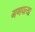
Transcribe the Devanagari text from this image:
गणपत्या